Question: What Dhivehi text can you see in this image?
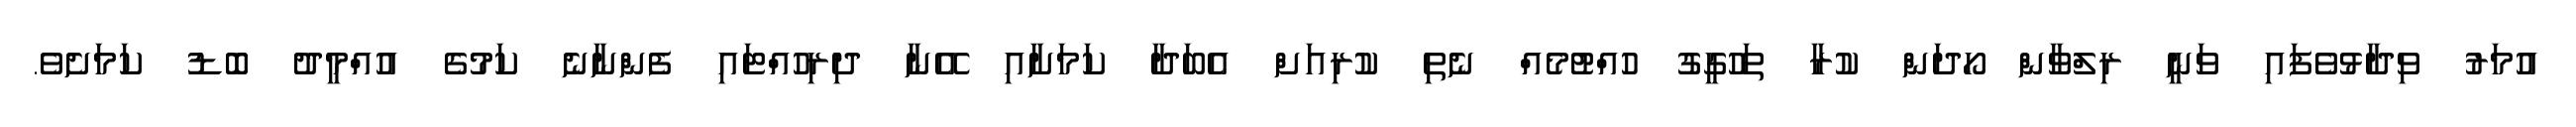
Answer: އުމަރު ވިދާޅުވެފައި ވަނީ ރިލްވާން ހޯދަން ކުރާ ތަހުގީގު ހުއްޓުމެއް ނެތި ކުރިއަށް އެބަދާ ކަމަށާއި އޭނާ ދިރިހުއްޓައި ފެންނާނެ ކަމުގެ އުއްމީދު ބޮޑު ކަމަށެވެ.